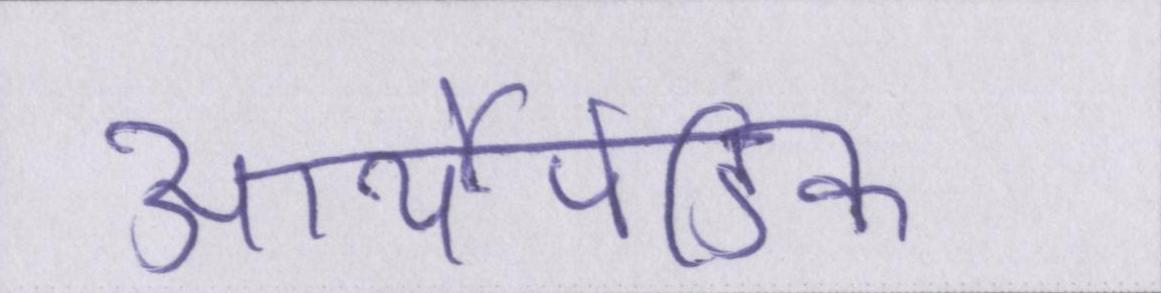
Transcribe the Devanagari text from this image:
आर्थोपेडिक